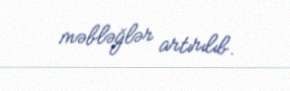
məbləğlər artırılıb.